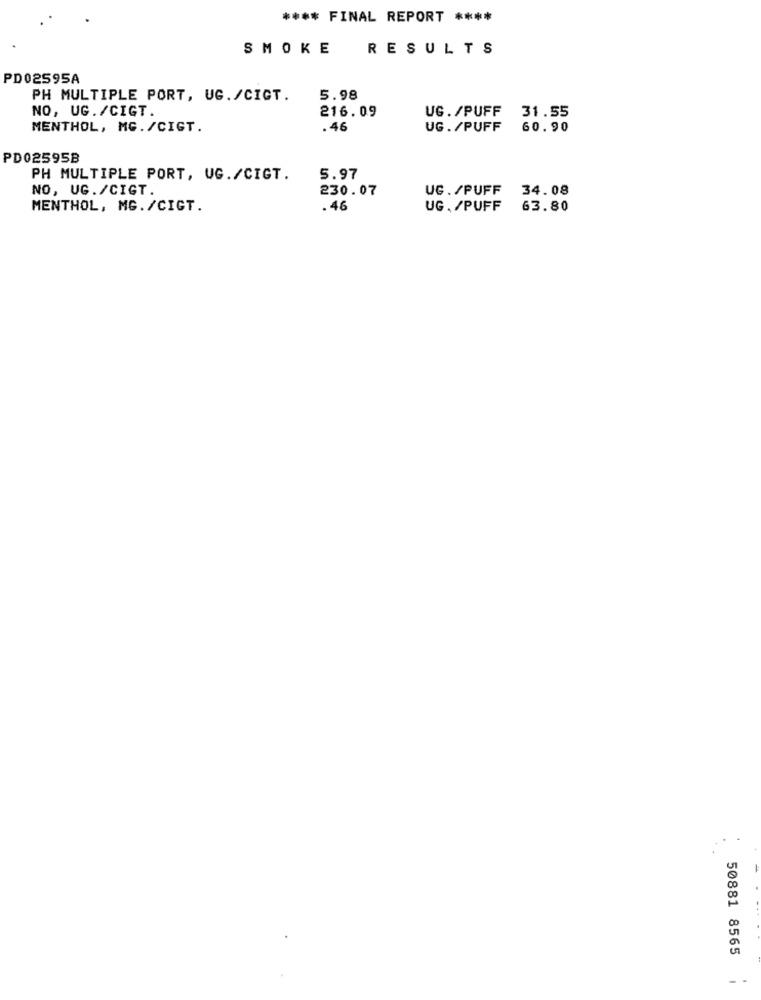
**** FINAL REPORT ****
SMOKE
RESULTS
PD02595A
PH MULTIPLE PORT, UG. /CIGT.
5.98
NO, UG. /CIGT.
216.09
UG./PUFF 31.55
MENTHOL, MG./CIGT.
. 46
UG./PUFF 60.90
PD02595B
PH MULTIPLE PORT, UG./CIGT.
5.97
NO, UG./CIGT.
230.07
UG . /PUFF
34.08
MENTHOL, MG. /CIGT.
. 46
UG . /PUFF
63.80
50881 8565
-